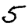
Digit: 5